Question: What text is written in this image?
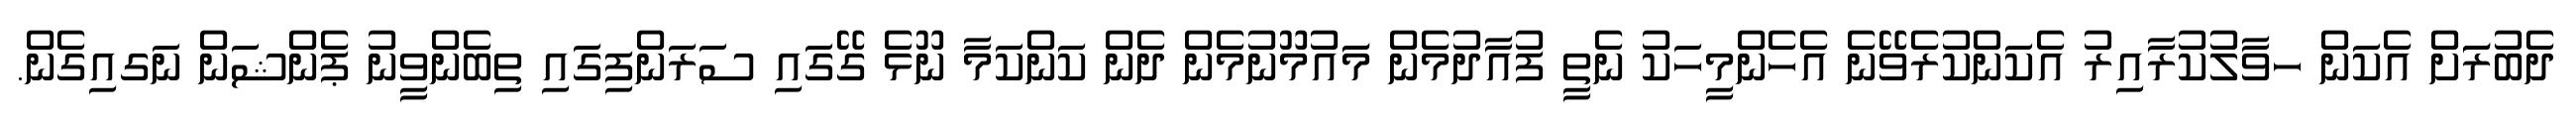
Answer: ދެބުރަަަށް އެކަން ހވާލުކުރާއިރު އެކަންކުރެވޭނެ އެހެންމީހަކު ނެތީ ފުއާދުމެން މަައުމޫނުމެން ދެން ކަންކަމާ ނޫޅެ ގޭގައި ސަރަންފިގައި ތިބެންވީނު ޕެންޝަން ނަގއިގެން.